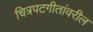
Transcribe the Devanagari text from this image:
चित्रपटगीतांवरील